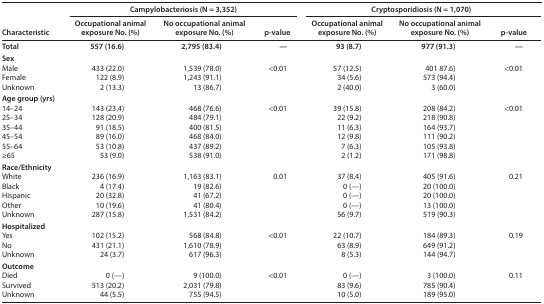
<table><thead><tr><td rowspan="2"><b>Characteristic</b></td><td colspan="3"><b>Campylobacteriosis (N = 3,352)</b></td><td colspan="3"><b>Cryptosporidiosis (N = 1,070)</b></td></tr><tr><td><b>Occupational animal exposure No. (%)</b></td><td><b>No occupational animal exposure No. (%)</b></td><td><b>p-value</b></td><td><b>Occupational animal exposure No. (%)</b></td><td><b>No occupational animal exposure No. (%)</b></td><td><b>p-value</b></td></tr></thead><tbody><tr><td><b>Total</b></td><td>557 (16.6)</td><td>2,795 (83.4)</td><td><b>—</b></td><td>93 (8.7)</td><td>977 (91.3)</td><td><b>—</b></td></tr><tr><td colspan="7"><b>Sex</b></td></tr><tr><td>Male</td><td>433 (22.0)</td><td>1,539 (78.0)</td><td rowspan="3">&lt;0.01</td><td>57 (12.5)</td><td>401 87.6)</td><td rowspan="3">&lt;0.01</td></tr><tr><td>Female</td><td>122 (8.9)</td><td>1,243 (91.1)</td><td>34 (5.6)</td><td>573 (94.4)</td></tr><tr><td>Unknown</td><td>2 (13.3)</td><td>13 (86.7)</td><td>2 (40.0)</td><td>3 (60.0)</td></tr><tr><td colspan="7"><b>Age group (yrs)</b></td></tr><tr><td>14–24</td><td>143 (23.4)</td><td>468 (76.6)</td><td rowspan="6">&lt;0.01</td><td>39 (15.8)</td><td>208 (84.2)</td><td rowspan="6">&lt;0.01</td></tr><tr><td>25–34</td><td>128 (20.9)</td><td>484 (79.1)</td><td>22 (9.2)</td><td>218 (90.8)</td></tr><tr><td>35–44</td><td>91 (18.5)</td><td>400 (81.5)</td><td>11 (6.3)</td><td>164 (93.7)</td></tr><tr><td>45–54</td><td>89 (16.0)</td><td>468 (84.0)</td><td>12 (9.8)</td><td>111 (90.2)</td></tr><tr><td>55–64</td><td>53 (10.8)</td><td>437 (89.2)</td><td>7 (6.3)</td><td>105 (93.8)</td></tr><tr><td>≥65</td><td>53 (9.0)</td><td>538 (91.0)</td><td>2 (1.2)</td><td>171 (98.8)</td></tr><tr><td colspan="7"><b>Race/Ethnicity</b></td></tr><tr><td>White</td><td>236 (16.9)</td><td>1,163 (83.1)</td><td rowspan="5">0.01</td><td>37 (8.4)</td><td>405 (91.6)</td><td rowspan="5">0.21</td></tr><tr><td>Black</td><td>4 (17.4)</td><td>19 (82.6)</td><td>0 (—)</td><td>20 (100.0)</td></tr><tr><td>Hispanic</td><td>20 (32.8)</td><td>41 (67.2)</td><td>0 (—)</td><td>20 (100.0)</td></tr><tr><td>Other</td><td>10 (19.6)</td><td>41 (80.4)</td><td>0 (—)</td><td>13 (100.0)</td></tr><tr><td>Unknown</td><td>287 (15.8)</td><td>1,531 (84.2)</td><td>56 (9.7)</td><td>519 (90.3)</td></tr><tr><td colspan="7"><b>Hospitalized</b></td></tr><tr><td>Yes</td><td>102 (15.2)</td><td>568 (84.8)</td><td rowspan="3">&lt;0.01</td><td>22 (10.7)</td><td>184 (89.3)</td><td rowspan="3">0.19</td></tr><tr><td>No</td><td>431 (21.1)</td><td>1,610 (78.9)</td><td>63 (8.9)</td><td>649 (91.2)</td></tr><tr><td>Unknown</td><td>24 (3.7)</td><td>617 (96.3)</td><td>8 (5.3)</td><td>144 (94.7)</td></tr><tr><td colspan="7"><b>Outcome</b></td></tr><tr><td>Died</td><td>0 (—)</td><td>9 (100.0)</td><td rowspan="3">&lt;0.01</td><td>0 (—)</td><td>3 (100.0)</td><td rowspan="3">0.11</td></tr><tr><td>Survived</td><td>513 (20.2)</td><td>2,031 (79.8)</td><td>83 (9.6)</td><td>785 (90.4)</td></tr><tr><td>Unknown</td><td>44 (5.5)</td><td>755 (94.5)</td><td>10 (5.0)</td><td>189 (95.0)</td></tr></tbody></table>